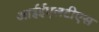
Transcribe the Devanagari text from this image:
आईईएलटीएस